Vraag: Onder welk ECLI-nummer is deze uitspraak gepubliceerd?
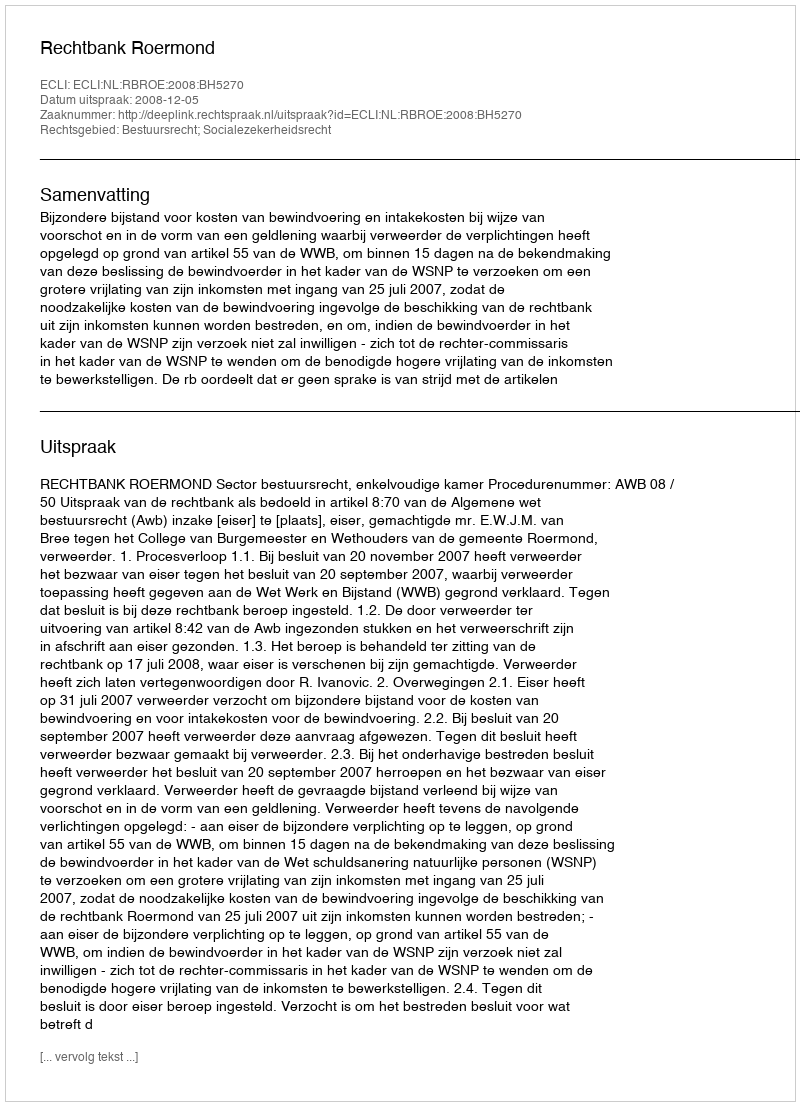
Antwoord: ECLI:NL:RBROE:2008:BH5270